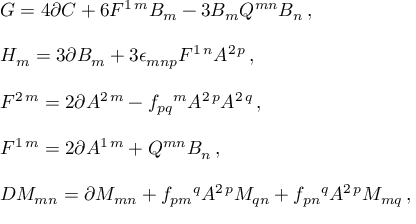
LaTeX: \begin{array} { r c l } { { } } & { { } } & { { G = 4 \partial C + 6 F ^ { 1 \, m } B _ { m } - 3 B _ { m } Q ^ { m n } B _ { n } \, , } } \\ { { } } & { { } } & { { } } \\ { { } } & { { } } & { { H _ { m } = 3 \partial B _ { m } + 3 \epsilon _ { m n p } F ^ { 1 \, n } A ^ { 2 \, p } \, , } } \\ { { } } & { { } } & { { } } \\ { { } } & { { } } & { { F ^ { 2 \, m } = 2 \partial A ^ { 2 \, m } - f _ { p q } { } ^ { m } A ^ { 2 \, p } A ^ { 2 \, q } \, , } } \\ { { } } & { { } } & { { } } \\ { { } } & { { } } & { { F ^ { 1 \, m } = 2 \partial A ^ { 1 \, m } + Q ^ { m n } B _ { n } \, , } } \\ { { } } & { { } } & { { } } \\ { { } } & { { } } & { { { \cal D } { \cal M } _ { m n } = \partial { \cal M } _ { m n } + f _ { p m } { } ^ { q } A ^ { 2 \, p } { \cal M } _ { q n } + f _ { p n } { } ^ { q } A ^ { 2 \, p } { \cal M } _ { m q } \, , } } \end{array}